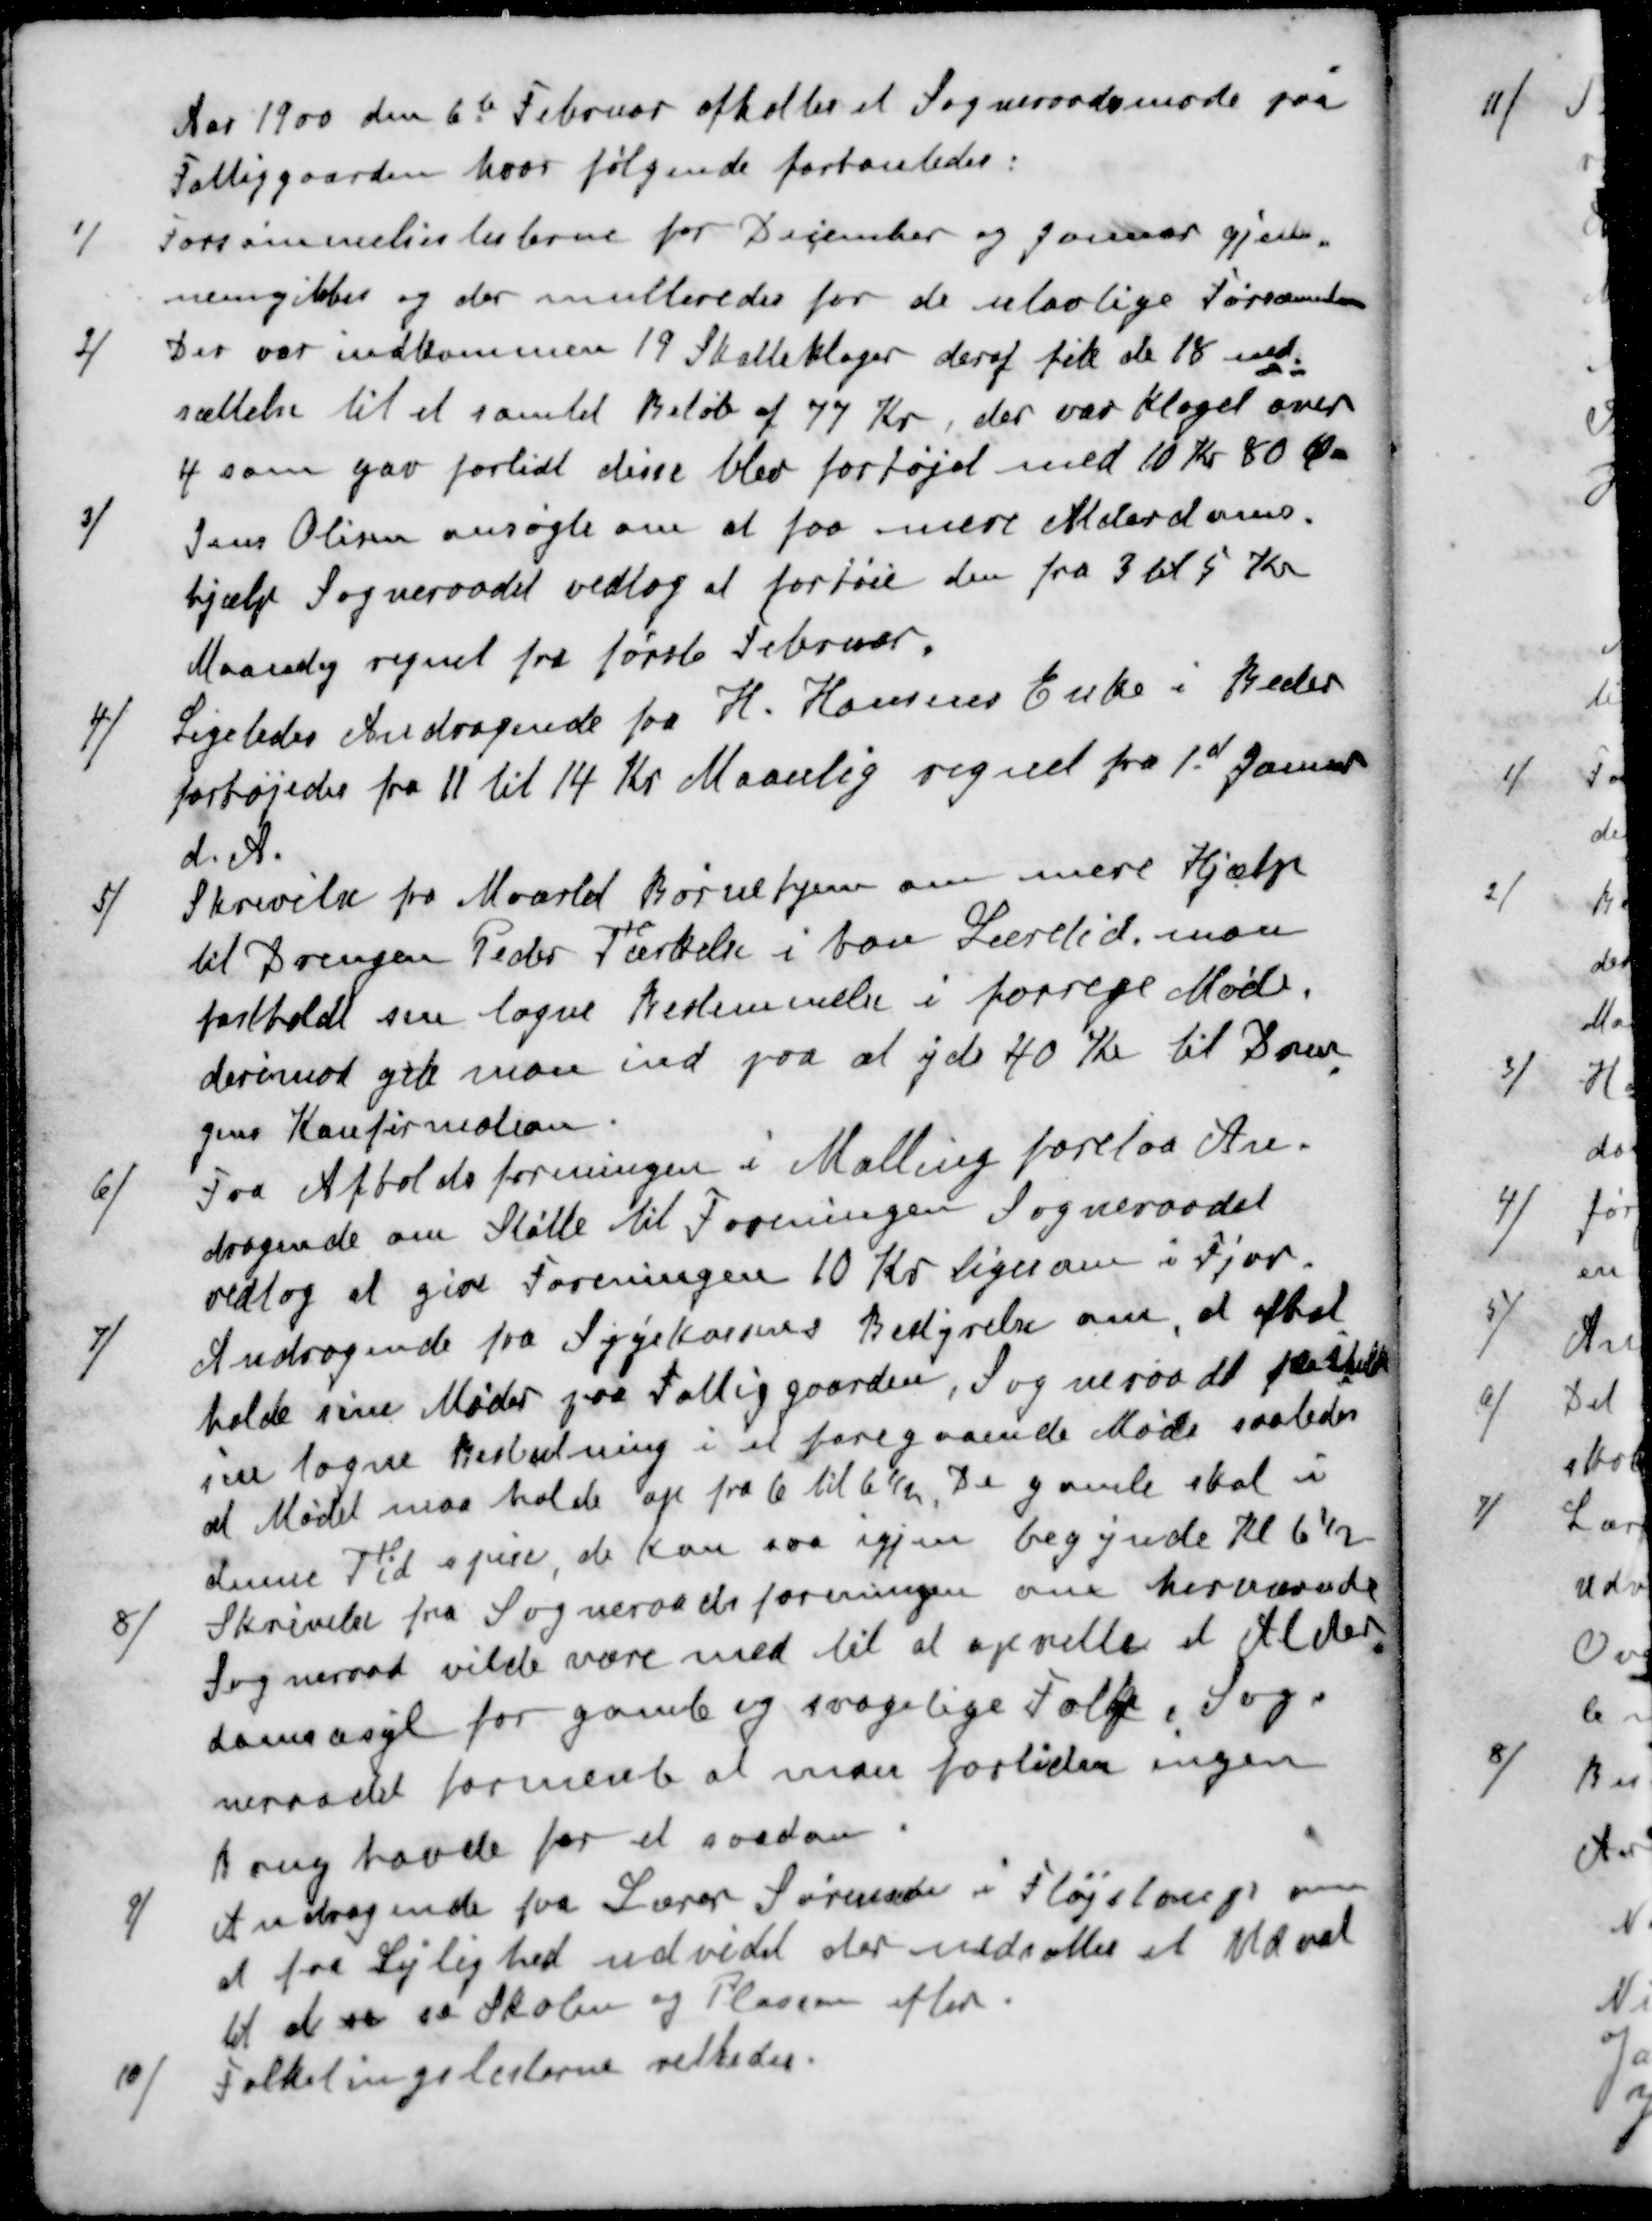
Transskription:
Aar 1900 den 6te Februar afholtes et Sogneraadsmøde paa
Fattiggaarden hvor følgende forhanledes:
1 / Forsømmelseslisterne for December og Januar gjen
nemgikkes og der multeredes for de ulovlige Forsømmelser
2 / Der var indkommen 19 Skatteklager deraf fik de 18 ned
sættelse til et samlet Beløb af 77 Kr, der var klaget over
4 som gav forlidt disse blev forhøjet med 10 Kr 80 Øre
3 / Jens Olsen ansøgte om at faa mere Alderdoms
hjælp Sogneraadet vedtog at forhøie den fra 3 til 5 Kr
Maanedlig regnet fra første Februar
4 / Ligeledes Andragende fra H. Hansens Enke i Beder
forhøjedes fra 11 til 14 Kr Maanlig regnet fra 1st Januar
d. A.
5 / Skrivelse fra Maarlet Børnehjem om mere Hjælp
til Drengen Peder Tærkelsen i hans Læretid, man
fastholdt sin tagne Bestemmelse i forrige Møde.
derimod gik man ind paa at yde 40 Kr til Dren
gens Konfirmation.
6 / Fra Afholdsforeningen i Malling forelaa An
dragende om Støtte til Foreningen Sogneraadet
vedtog at give Foreningen 10 Kr ligesom i Fjor.
7 / Andragende fra Sygekassens Bestyrelse om, at afhol
holde sine Møder paa Fattiggaarden, Sognerådet fastholdt
sin tagne Beslutning i at foregaaende Møde saaledes
at Mødet maa holde op fra 6 til 6½. De gamle skal i
denne Tid spise, de kan saa igjen begynde Kl 6½
8 / Skrivelse fra Sogneraadsforeningen om herværende
Sogneraad vilde være med til at oprette et Alder,
domsasyl for gamle og svagelige Folk Sog-
neraadet formente at man fortiden ingen
Brug havde for et saadan
9 / Andragende fra Lærer Sørensen i Fløjstrup om
a fra Lejlighed udvidet der nedsættes et Udval
til at se se Skolen og Plassen efter
10 / Folketingslisterne rettedes.